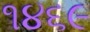
૧૪૬૯